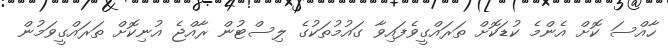
ހާއްސަ ކޮށް އެންމެ ކުޑަކޮށް ތަރައްގީވެފައިވާ ގައުމުތަކުގެ ލިސްޓުން ރާއްޖެ އުނިކޮށް ތަރައްގީވަމުން